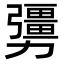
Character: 𠣃